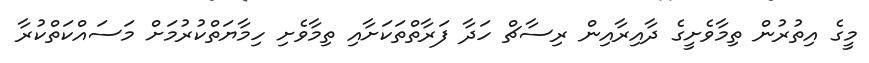
މީގެ އިތުރުން ތިމާވެށީގެ ދާއިރާއިން ރިސާޗް ހަދާ ފަރާތްތަކަށާއި ތިމާވެށި ހިމާޔަތްކުރުމަށް މަސައްކަތްކުރާ